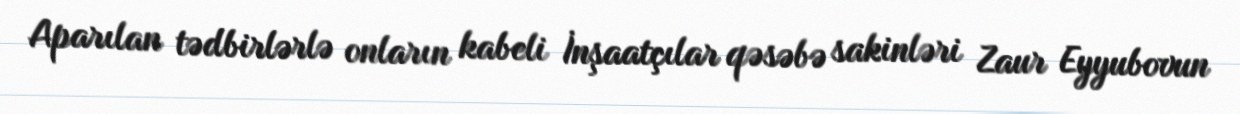
Aparılan tədbirlərlə onların kabeli İnşaatçılar qəsəbə sakinləri Zaur Eyyubovun